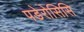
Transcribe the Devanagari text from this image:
पडेरोसिसि